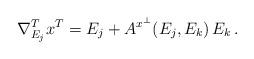
LaTeX: \begin{align*} \nabla^T_{E_j} x^T = E_j + A^{x^{\perp}} (E_j , E_k) \, E_k \, .\end{align*}